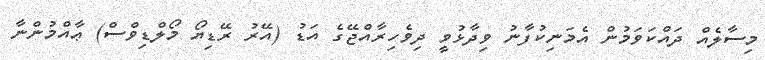
މިސާލެއް ދައްކަވަމުން އެމަނިކުފާނު ވިދާޅުވީ ދިވެހިރާއްޖޭގެ އަޑު (އޭރު ރޭޑިޔޯ މޯލްޑިވްސް) ޢާއްމުންނާ